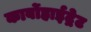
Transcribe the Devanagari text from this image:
कार्बोहाईद्रेट